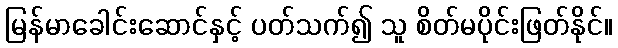
မြန်မာခေါင်းဆောင်နှင့် ပတ်သက်၍ သူ စိတ်မပိုင်းဖြတ်နိုင်။